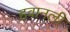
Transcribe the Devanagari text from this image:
हवानली